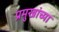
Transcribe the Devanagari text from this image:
प्रमुखांच्या